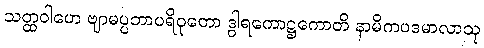
သတ္ထဝါဟေ ဗျာမပ္ပဘာပရိဝုတော ဒွါရကောဋ္ဌကောတိ နာမိကပဒမာလာသု